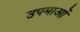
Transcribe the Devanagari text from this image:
उपमाआें